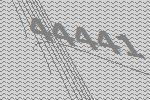
44441